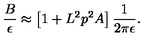
{ \frac { B } { \epsilon } } \approx \left[ 1 + L ^ { 2 } p ^ { 2 } A \right] { \frac { 1 } { 2 \pi \epsilon } } .